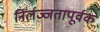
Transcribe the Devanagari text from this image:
निर्लज्जतापूर्वक